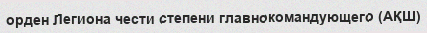
орден Легиона чести степени главнокомандующего (АҚШ)